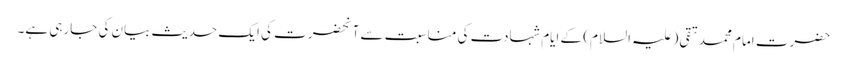
حضرت امام محمد تقی (علیہ السلام) کے ایام شہادت کی مناسبت سے آنحضرت کی ایک حدیث بیان کی جارہی ہے۔